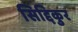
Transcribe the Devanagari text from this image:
सिद्दिकुर